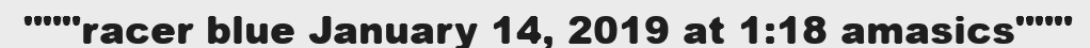
"""racer blue January 14, 2019 at 1:18 amasics"""